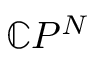
\mathbb { C } P ^ { N }